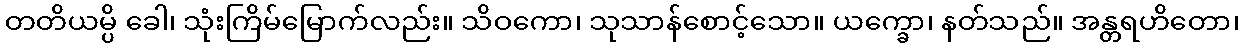
တတိယမ္ပိ ခေါ၊ သုံးကြိမ်မြောက်လည်း။ သိဝကော၊ သုသာန်စောင့်သော။ ယက္ခော၊ နတ်သည်။ အန္တရဟိတော၊